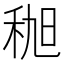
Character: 𫀯